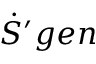
{ \dot { S } } ^ { \prime } g e n